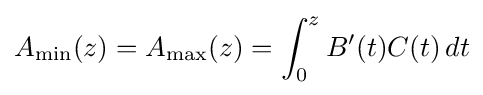
A_{\min }(z)=A_{\max }(z)=\int _{0}^{z}B'(t)C(t)\,dt